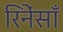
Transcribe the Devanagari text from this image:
रिनेंसाँ